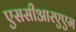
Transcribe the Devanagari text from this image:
एससीआरएएम